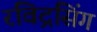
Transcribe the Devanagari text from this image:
रविद्रसिंग